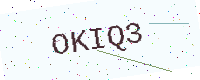
Text: OKIQ3